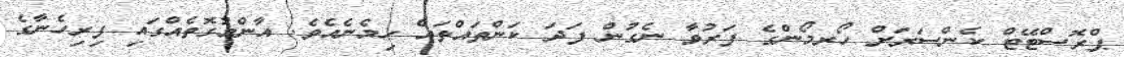
ޕްރޮސްޓޭޓް ކެންސަރަށް ހޯރމޯންގެ ފަރުވާ ނެގުން ފަދަ ކަންތައްތައް ހިމެނެއެވެ. އާންމުގޮތެއްގައި ފިރިހެނާގެ